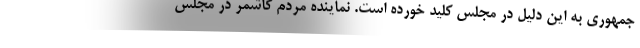
جمهوری به این دلیل در مجلس کلید خورده است. نماینده مردم کاشمر در مجلس